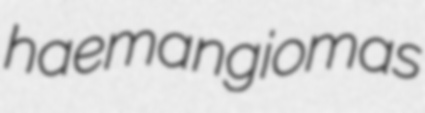
haemangiomas